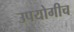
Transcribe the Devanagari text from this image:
उपयोगीच